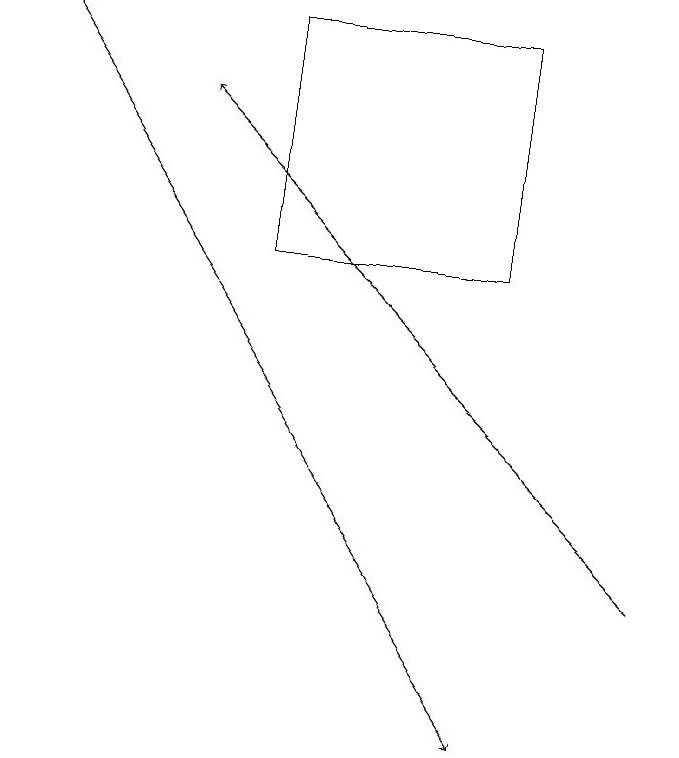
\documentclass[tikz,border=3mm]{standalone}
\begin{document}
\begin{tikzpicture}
\draw (4,19) rectangle (7,16);
\draw[->] (9,12) -- (3,18);
\draw[->] (1,19) -- (7,10);
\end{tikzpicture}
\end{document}